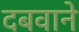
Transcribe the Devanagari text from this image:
दबवाने